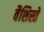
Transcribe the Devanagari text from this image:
वैशिस्ते